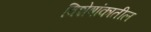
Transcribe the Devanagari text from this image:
विशेषांकातील